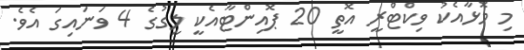
މި މޮޅާއެކު ވިކްޓްރީ އޮތީ 20 ޕޮއިންޓާއެކީ ލީގުގެ 4 ވަނައިގަ އެވެ.